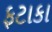
ફટાકા